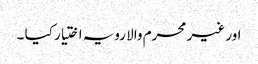
اور غیر محرم والا رویہ اختیار کیا ۔